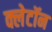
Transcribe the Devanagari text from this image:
क्लेटॉन